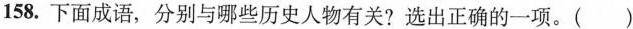
158.下面成语，分别与哪些历史人物有关？选出正确的一项。( )